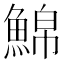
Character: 𩸊